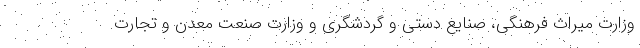
وزارت میراث فرهنگی، صنایع دستی و گردشگری و وزارت صنعت معدن و تجارت